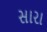
સારા